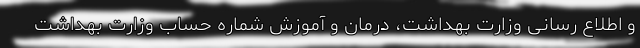
و اطلاع رسانی وزارت بهداشت، درمان و آموزش شماره حساب وزارت بهداشت